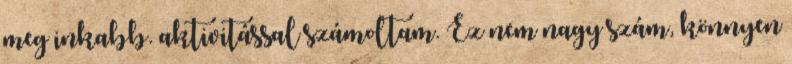
meg inkabb. aktivitással számoltam. Ez nem nagy szám, könnyen